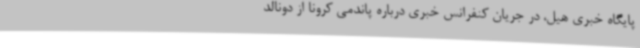
پایگاه خبری هیل، در جریان کنفرانس خبری درباره پاندمی کرونا از دونالد